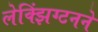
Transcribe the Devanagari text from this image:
लेक्झिंग्टनने